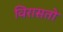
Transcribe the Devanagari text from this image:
विरासतो